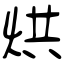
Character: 烘